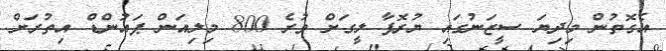
އެގޮތުން މިދިޔަ ސީޒަނުގައި ޔުރޮޕާ ލީގަށް ވުރެ 800 މިލިއަން ޕައުންޑް އިތުރަށް